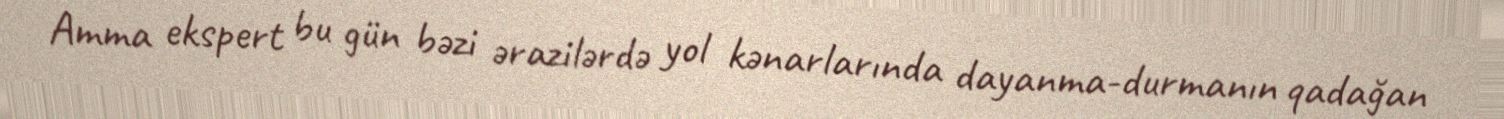
Amma ekspert bu gün bəzi ərazilərdə yol kənarlarında dayanma-durmanın qadağan